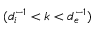
( d _ { i } ^ { - 1 } < k < d _ { e } ^ { - 1 } )